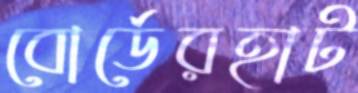
বোর্ডেরহাট